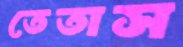
তেতাস